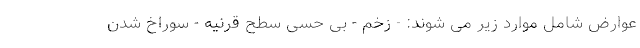
عوارض شامل موارد زیر می شوند: - زخم - بی حسی سطح قرنیه - سوراخ شدن